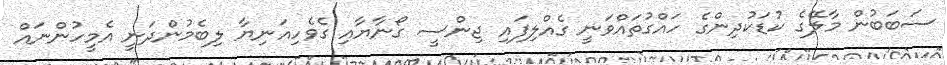
ސަބަބުން މާލޭގެ ކުޑަކުދިންގެ ހައްގުތައްވަނީ ގެއްލިފައި ޖިންސީ ގޯނާޔާއި ގެވެހިއަނިޔާ ލިބެމުންދަނީ އެމީހުންނައް